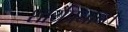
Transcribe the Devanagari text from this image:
शौर्यप्रधान।